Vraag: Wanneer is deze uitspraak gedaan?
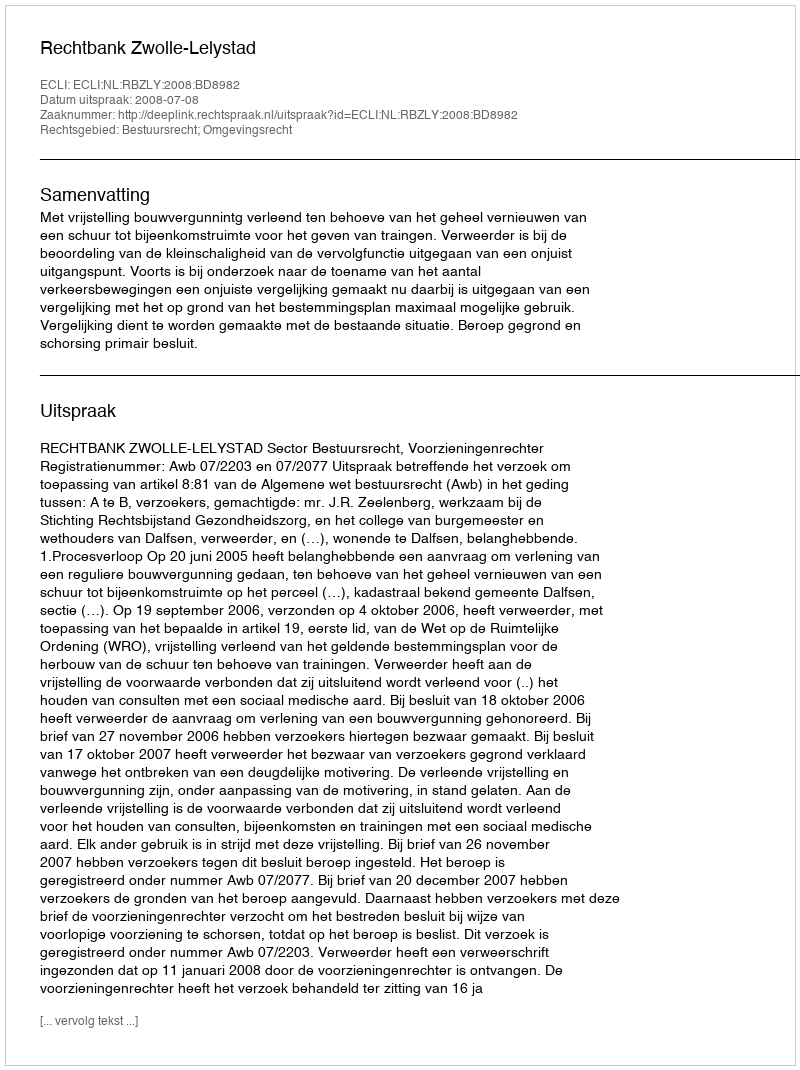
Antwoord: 2008-07-08